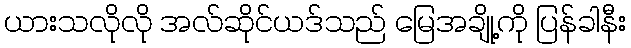
ယားသလိုလို အလ်ဆိုင်ယဒ်သည် မြေအချို့ကို ပြန်ခါနီး